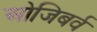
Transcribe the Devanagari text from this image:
ओजिबर्व